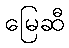
မြေဆီ